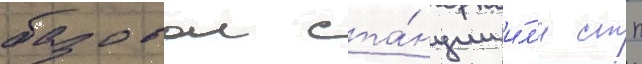
базовои ста́нции и́л'и стп